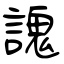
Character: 謉